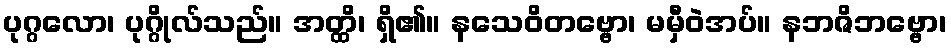
ပုဂ္ဂလော၊ ပုဂ္ဂိုလ်သည်။ အတ္ထိ၊ ရှိ၏။ နသေဝိတဗ္ဗော၊ မမှီဝဲအပ်။ နဘဇိဘဗ္ဗော၊